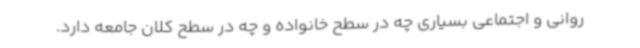
روانی و اجتماعی بسیاری چه در سطح خانواده و چه در سطح کلان جامعه دارد.